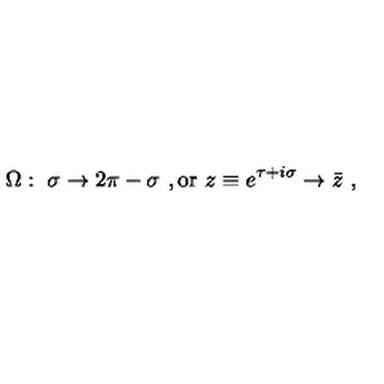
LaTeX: \Omega : \ \sigma \to 2 \pi - \sigma \ , \mathrm { o r } \ z \equiv e ^ { \tau + i \sigma } \to \bar { z } \ ,